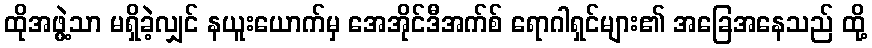
ထိုအဖွဲ့သာ မရှိခဲ့လျှင် နယူးယောက်မှ အေအိုင်ဒီအက်စ် ရောဂါရှင်များ၏ အခြေအနေသည် ထို့